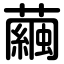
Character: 繭